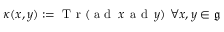
\kappa ( x , y ) : = { \textrm { T r } } ( { \textrm { a d } } \, x \, { \textrm { a d } } \, y ) \ \forall x , y \in { \mathfrak { g } }